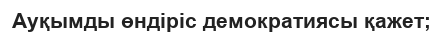
Ауқымды өндіріс демократиясы қажет;